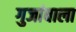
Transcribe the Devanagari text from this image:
गुजांवाला